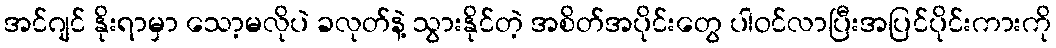
အင်ဂျင် နိုးရာမှာ သော့မလိုပဲ ခလုတ်နဲ့ သွားနိုင်တဲ့ အစိတ်အပိုင်းတွေ ပါဝင်လာပြီးအပြင်ပိုင်းကားကို